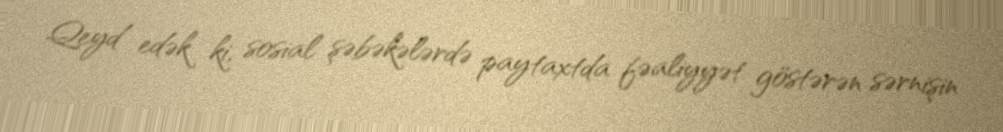
Qeyd edək ki, sosial şəbəkələrdə paytaxtda fəaliyyət göstərən sərnişin